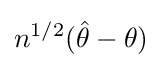
n^{1/2}({\hat {\theta }}-\theta )